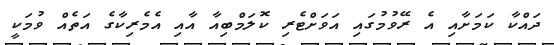
ދައްކާ ކަމަށާއި އެ ރޭވުމުގައި އަވަށްޓެރި ކޮލަމްބިއާ އާއި އެމެރިކާގެ އަތެއް ވުމަކީ